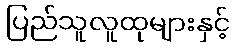
ပြည်သူလူထုများနှင့်